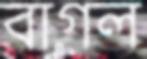
বাগল